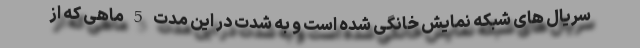
سریال های شبکه نمایش خانگی شده است و به شدت در این مدت 5 ماهی که از